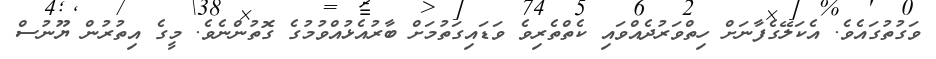
ވަގުތުގައެވެ. އެކަލޭގެފާނަށް ހިތްވަރުދެއްވައި ކެތްތެރިވެ ވަޑައިގަތުމަށް ބާރުއެޅުއްވުމުގެ ގޮތުންނެވެ. މީގެ އިތުރުން ޔޫނުސް